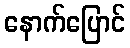
နောက်ပြောင်